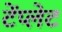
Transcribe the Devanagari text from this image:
टेंप्लेट